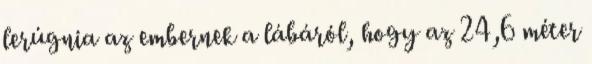
lerúgnia az embernek a lábáról, hogy az 24,6 méter